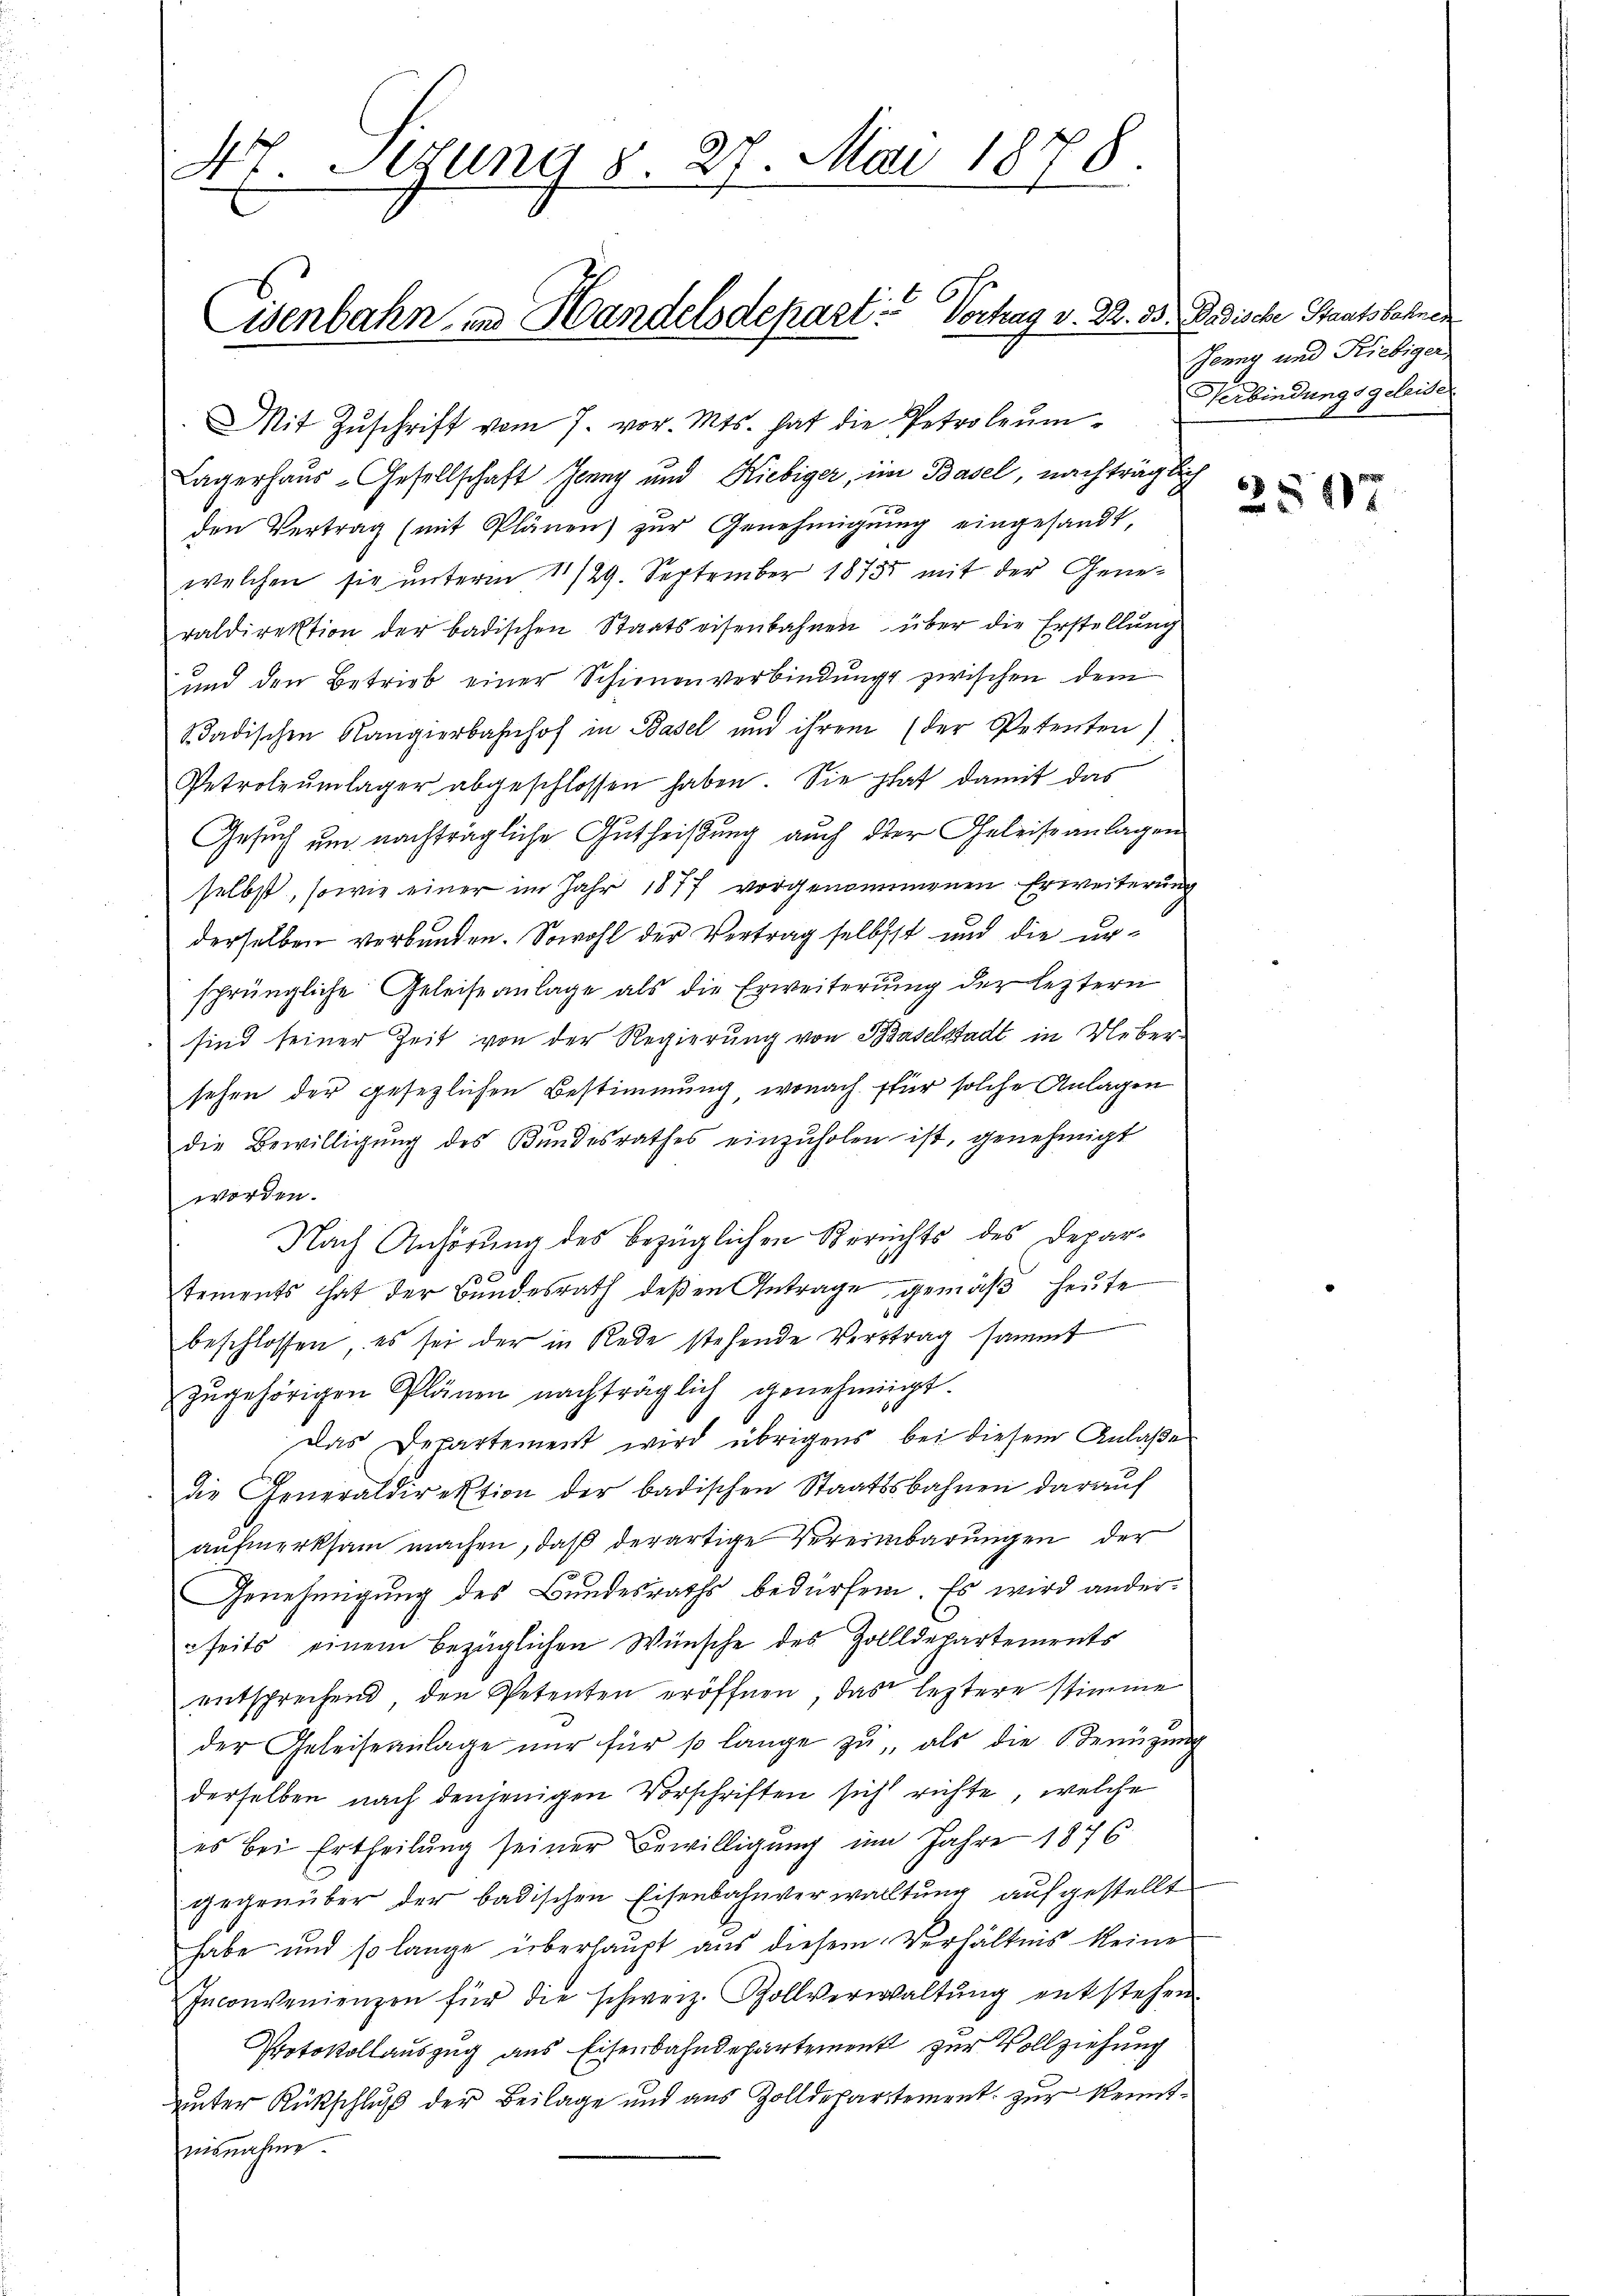
47. Setzung §. 27. Mai 1878.

isenbahn, in Handelsdepart: Vortrag v. 22. 35

Mit Zŭschrift vom 7. vor. Mts. hat die Petroleŭm-
Lagerhaus-Gesellschaft Jenny und Liebiger, im Basel, nachtrag be
den Vertrag (mit Plänen) zur Genehmigung eingesandt,
welchen sie unterm 11/29. September 1875 mit der Generaldirektion der badischen Staatseisenbahnen über die Erstellung
und den Betrieb einer Schienenverbindungs zwischen dem
Sadischen Rangierbahnhof in Basel und ihrem (der Petenten)
Petroleŭmlager abgeschlossen haben. Sie hat damit das
Gesuch um nachträgliche Gutheißung auch der Geleiseanlagen
selbst, sowie einer im Jahr 1877 vorgenommenen Erweiterung
derselben verbunden. Sowohl der Vertrag selbst und die ursprüngliche Geleiseanlage als die Erweiterung der leztern
sind seiner Zeit von der Regierung von Baselstadt in Uebersehen der gesezlichen Bestimmung, wonach für solche Anlagen
die Bewilligung des Bundesrathes einzuholen ist, genehmigt
worden.
Nach Anhörung des bezüglichen Berichts des Depar¬
10
tements hat der Bundesrath deßen Antrage gemäß heute
beschlossen, es sei der in Rede stehende Vertrag sammt
zŭgehörigen Plänen nachträglich genehmigt.
Das Departement wird übrigens bei diesem Anlaße
die Generaldirektion der badischen Staatsbahnen daraŭf
aufmerksam machen, daß derartige Vereinbarungen der
Genehmigung des Bundesraths bedürfen. Es wird anderseits einem bezüglichen Wünsche des Zolldepartements
entsprechend, den Petenten eröffnen, das leztere stimme
der Geleiseanlage nur für so lange zu, als die Benüzung
derselben nach denjenigen Vorschriften sich richte, welche
es bei Ertheilung seiner Bewilligung im Jahre 1876
gegenüber der badischen Eisenbahnverwaltung aufgestellt
habe und so lange überhaupt aus diesem Verhältnis keine
Inconvenienzen für die schweiz. Zollverwaltŭng entstehen
Protokollauszug aus Eisenbahndepartement zur Vollziehung
unter Rückschluß der Beilage und aus Zolldepartement zur Kenntnisnahme

Badische Staatsbahnen
Jenny und Riebiger
Verbindungsgeleise

2597